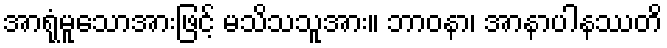
အာရုံမူသောအားဖြင့် မသိသသူအား။ ဘာဝနာ၊ အာနာပါနဿတိ